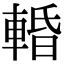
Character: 𨌲